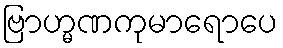
ဗြာဟ္မဏကုမာရောပေ